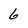
Character: 6